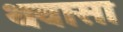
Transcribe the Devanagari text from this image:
थवासा